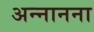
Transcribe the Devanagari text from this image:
अन्नानना